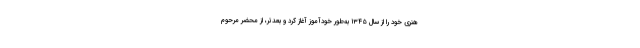
هنری خود را از سال ۱۳۴۵ به‌طور خودآموز آغاز کرد و بعدتر، از محضر مرحوم